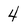
Character: 4